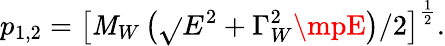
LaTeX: p_{1,2}=\left[\mathit{M}_{W}\left(\sqrt{}{{E^{2}+\Gamma_{W}^{2}}}\mpE\right)/2\right]^{\frac{{1}}{{2}}}.